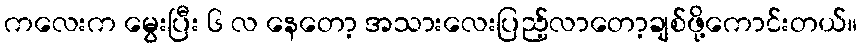
ကလေးက မွေးပြီး ၆ လ နေတော့ အသားလေးပြည့်လာတော့ချစ်ဖို့ကောင်းတယ်။